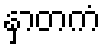
နှာတကံ